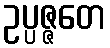
ဥပ္ပဇ္ဇတေ